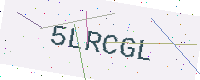
Text: 5LRCGL